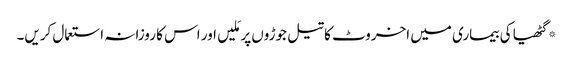
*گٹھیا کی بیماری میں اخروٹ کا تیل جوڑوں پر مَلیں اور اس کا روزانہ استعمال کریں۔